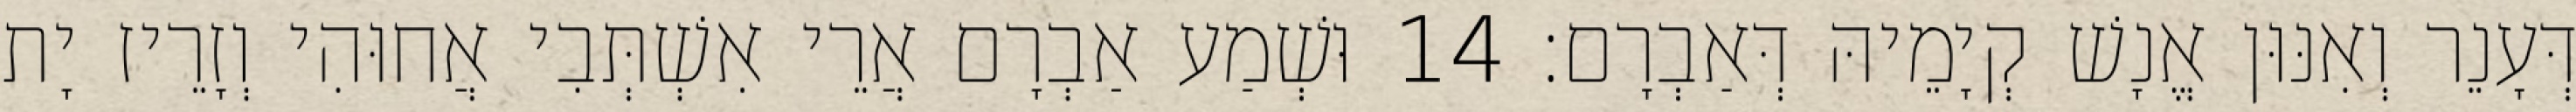
דְּעָנֵר וְאִנּוּן אֱנָשׁ קְיָמֵיהּ דְּאַבְרָם׃ 14 וּשְׁמַע אַבְרָם אֲרֵי אִשְׁתְּבִי אֲחוּהִי וְזָרֵיז יָת